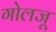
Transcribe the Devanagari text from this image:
गोलजू